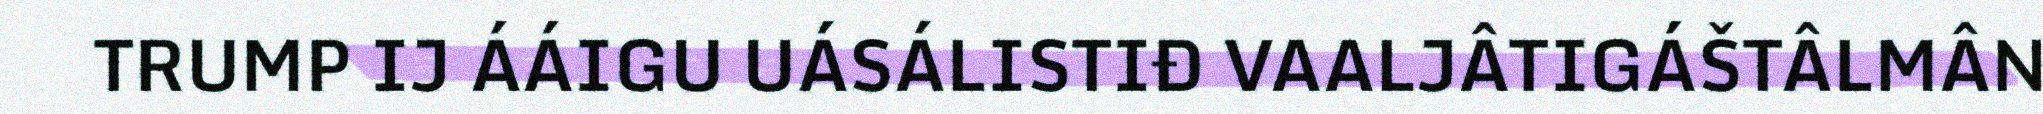
TRUMP IJ ÁÁIGU UÁSÁLISTIĐ VAALJÂTIGÁŠTÂLMÂN